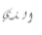
الذي